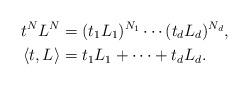
LaTeX: \begin{align*}t^NL^N&=(t_1L_1)^{N_1}\cdots (t_d L_d)^{N_d},\\\langle t ,L\rangle&=t_1L_1+\cdots+t_dL_d.\end{align*}